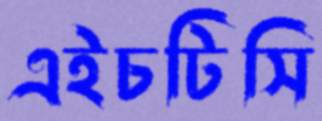
এইচটিসি